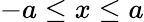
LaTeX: -a\le x\le a